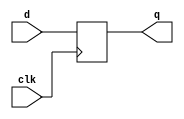
// This program was cloned from: https://github.com/chipsalliance/yosys-f4pga-plugins
// License: Apache License 2.0

// Copyright 2020-2022 F4PGA Authors
//
// Licensed under the Apache License, Version 2.0 (the "License");
// you may not use this file except in compliance with the License.
// You may obtain a copy of the License at
//
//     http://www.apache.org/licenses/LICENSE-2.0
//
// Unless required by applicable law or agreed to in writing, software
// distributed under the License is distributed on an "AS IS" BASIS,
// WITHOUT WARRANTIES OR CONDITIONS OF ANY KIND, either express or implied.
// See the License for the specific language governing permissions and
// limitations under the License.
//
// SPDX-License-Identifier: Apache-2.0

module my_dff (
    input d,
    clk,
    output reg q
);
  always @(posedge clk) q <= d;
endmodule

module my_dffe (
    input d,
    clk,
    en,
    output reg q
);
  initial begin
    q = 0;
  end
  always @(posedge clk) if (en) q <= d;
endmodule

module my_dffr_p (
    input d,
    clk,
    clr,
    output reg q
);
  always @(posedge clk or posedge clr)
    if (clr) q <= 1'b0;
    else q <= d;
endmodule

module my_dffr_p_2 (
    input d1,
    input d2,
    clk,
    clr,
    output reg q1,
    output reg q2
);
  always @(posedge clk or posedge clr)
    if (clr) begin
      q1 <= 1'b0;
      q2 <= 1'b0;
    end else begin
      q1 <= d1;
      q2 <= d2;
    end
endmodule

module my_dffr_n (
    input d,
    clk,
    clr,
    output reg q
);
  always @(posedge clk or negedge clr)
    if (!clr) q <= 1'b0;
    else q <= d;
endmodule

module my_dffre_p (
    input d,
    clk,
    clr,
    en,
    output reg q
);
  always @(posedge clk or posedge clr)
    if (clr) q <= 1'b0;
    else if (en) q <= d;
endmodule

module my_dffre_n (
    input d,
    clk,
    clr,
    en,
    output reg q
);
  always @(posedge clk or negedge clr)
    if (!clr) q <= 1'b0;
    else if (en) q <= d;
endmodule

module my_dffs_p (
    input d,
    clk,
    pre,
    output reg q
);
  always @(posedge clk or posedge pre)
    if (pre) q <= 1'b1;
    else q <= d;
endmodule

module my_dffs_n (
    input d,
    clk,
    pre,
    output reg q
);
  always @(posedge clk or negedge pre)
    if (!pre) q <= 1'b1;
    else q <= d;
endmodule

module my_dffse_p (
    input d,
    clk,
    pre,
    en,
    output reg q
);
  always @(posedge clk or posedge pre)
    if (pre) q <= 1'b1;
    else if (en) q <= d;
endmodule

module my_dffse_n (
    input d,
    clk,
    pre,
    en,
    output reg q
);
  always @(posedge clk or negedge pre)
    if (!pre) q <= 1'b1;
    else if (en) q <= d;
endmodule

module my_dffn (
    input d,
    clk,
    output reg q
);
  initial q <= 1'b0;
  always @(negedge clk) q <= d;
endmodule

module my_dffnr_p (
    input d,
    clk,
    clr,
    output reg q
);
  initial q <= 1'b0;
  always @(negedge clk or posedge clr)
    if (clr) q <= 1'b0;
    else q <= d;
endmodule

module my_dffnr_n (
    input d,
    clk,
    clr,
    output reg q
);
  initial q <= 1'b0;
  always @(negedge clk or negedge clr)
    if (!clr) q <= 1'b0;
    else q <= d;
endmodule


module my_dffns_p (
    input d,
    clk,
    pre,
    output reg q
);
  initial q <= 1'b0;
  always @(negedge clk or posedge pre)
    if (pre) q <= 1'b1;
    else q <= d;
endmodule

module my_dffns_n (
    input d,
    clk,
    pre,
    output reg q
);
  initial q <= 1'b0;
  always @(negedge clk or negedge pre)
    if (!pre) q <= 1'b1;
    else q <= d;
endmodule

module my_dffsr_ppp (
    input d,
    clk,
    pre,
    clr,
    output reg q
);
  initial q <= 1'b0;
  always @(posedge clk or posedge pre or posedge clr)
    if (pre) q <= 1'b1;
    else if (clr) q <= 1'b0;
    else q <= d;
endmodule

module my_dffsr_pnp (
    input d,
    clk,
    pre,
    clr,
    output reg q
);
  initial q <= 1'b0;
  always @(posedge clk or negedge pre or posedge clr)
    if (!pre) q <= 1'b1;
    else if (clr) q <= 1'b0;
    else q <= d;
endmodule

module my_dffsr_ppn (
    input d,
    clk,
    pre,
    clr,
    output reg q
);
  initial q <= 1'b0;
  always @(posedge clk or posedge pre or negedge clr)
    if (pre) q <= 1'b1;
    else if (!clr) q <= 1'b0;
    else q <= d;
endmodule

module my_dffsr_pnn (
    input d,
    clk,
    pre,
    clr,
    output reg q
);
  initial q <= 1'b0;
  always @(posedge clk or negedge pre or negedge clr)
    if (!pre) q <= 1'b1;
    else if (!clr) q <= 1'b0;
    else q <= d;
endmodule

module my_dffsr_npp (
    input d,
    clk,
    pre,
    clr,
    output reg q
);
  initial q <= 1'b0;
  always @(negedge clk or posedge pre or posedge clr)
    if (pre) q <= 1'b1;
    else if (clr) q <= 1'b0;
    else q <= d;
endmodule

module my_dffsr_nnp (
    input d,
    clk,
    pre,
    clr,
    output reg q
);
  initial q <= 1'b0;
  always @(negedge clk or negedge pre or posedge clr)
    if (!pre) q <= 1'b1;
    else if (clr) q <= 1'b0;
    else q <= d;
endmodule

module my_dffsr_npn (
    input d,
    clk,
    pre,
    clr,
    output reg q
);
  initial q <= 1'b0;
  always @(negedge clk or posedge pre or negedge clr)
    if (pre) q <= 1'b1;
    else if (!clr) q <= 1'b0;
    else q <= d;
endmodule

module my_dffsr_nnn (
    input d,
    clk,
    pre,
    clr,
    output reg q
);
  initial q <= 1'b0;
  always @(negedge clk or negedge pre or negedge clr)
    if (!pre) q <= 1'b1;
    else if (!clr) q <= 1'b0;
    else q <= d;
endmodule

module my_dffsre_ppp (
    input d,
    clk,
    pre,
    clr,
    en,
    output reg q
);
  initial q <= 1'b0;
  always @(posedge clk or posedge pre or posedge clr)
    if (pre) q <= 1'b1;
    else if (clr) q <= 1'b0;
    else if (en) q <= d;
endmodule

module my_dffsre_pnp (
    input d,
    clk,
    pre,
    clr,
    en,
    output reg q
);
  initial q <= 1'b0;
  always @(posedge clk or negedge pre or posedge clr)
    if (!pre) q <= 1'b1;
    else if (clr) q <= 1'b0;
    else if (en) q <= d;
endmodule

module my_dffsre_ppn (
    input d,
    clk,
    pre,
    clr,
    en,
    output reg q
);
  initial q <= 1'b0;
  always @(posedge clk or posedge pre or negedge clr)
    if (pre) q <= 1'b1;
    else if (!clr) q <= 1'b0;
    else if (en) q <= d;
endmodule

module my_dffsre_pnn (
    input d,
    clk,
    pre,
    clr,
    en,
    output reg q
);
  initial q <= 1'b0;
  always @(posedge clk or negedge pre or negedge clr)
    if (!pre) q <= 1'b1;
    else if (!clr) q <= 1'b0;
    else if (en) q <= d;
endmodule

module my_dffsre_npp (
    input d,
    clk,
    pre,
    clr,
    en,
    output reg q
);
  initial q <= 1'b0;
  always @(negedge clk or posedge pre or posedge clr)
    if (pre) q <= 1'b1;
    else if (clr) q <= 1'b0;
    else if (en) q <= d;
endmodule

module my_dffsre_nnp (
    input d,
    clk,
    pre,
    clr,
    en,
    output reg q
);
  initial q <= 1'b0;
  always @(negedge clk or negedge pre or posedge clr)
    if (!pre) q <= 1'b1;
    else if (clr) q <= 1'b0;
    else if (en) q <= d;
endmodule

module my_dffsre_npn (
    input d,
    clk,
    pre,
    clr,
    en,
    output reg q
);
  initial q <= 1'b0;
  always @(negedge clk or posedge pre or negedge clr)
    if (pre) q <= 1'b1;
    else if (!clr) q <= 1'b0;
    else if (en) q <= d;
endmodule

module my_dffsre_nnn (
    input d,
    clk,
    pre,
    clr,
    en,
    output reg q
);
  initial q <= 1'b0;
  always @(negedge clk or negedge pre or negedge clr)
    if (!pre) q <= 1'b1;
    else if (!clr) q <= 1'b0;
    else if (en) q <= d;
endmodule

module my_sdffr_n (
    input d,
    clk,
    clr,
    output reg q
);
  initial q <= 0;
  always @(posedge clk)
    if (!clr) q <= 1'b0;
    else q <= d;
endmodule

module my_sdffs_n (
    input d,
    clk,
    pre,
    output reg q
);
  initial q <= 0;
  always @(posedge clk)
    if (!pre) q <= 1'b1;
    else q <= d;
endmodule

module my_sdffnr_n (
    input d,
    clk,
    clr,
    output reg q
);
  initial q <= 0;
  always @(negedge clk)
    if (!clr) q <= 1'b0;
    else q <= d;
endmodule

module my_sdffns_n(
    input d,
    clk,
    pre,
    output reg q
);
  initial q <= 0;
  always @(negedge clk)
    if (!pre) q <= 1'b1;
    else q <= d;
endmodule

module my_sdffr_p (
    input d,
    clk,
    clr,
    output reg q
);
  initial q <= 0;
  always @(posedge clk)
    if (clr) q <= 1'b0;
    else q <= d;
endmodule

module my_sdffs_p (
    input d,
    clk,
    pre,
    output reg q
);
  initial q <= 0;
  always @(posedge clk)
    if (pre) q <= 1'b1;
    else q <= d;
endmodule

module my_sdffnr_p (
    input d,
    clk,
    clr,
    output reg q
);
  initial q <= 0;
  always @(negedge clk)
    if (clr) q <= 1'b0;
    else q <= d;
endmodule

module my_sdffns_p (
    input d,
    clk,
    pre,
    output reg q
);
  initial q <= 0;
  always @(negedge clk)
    if (pre) q <= 1'b1;
    else q <= d;
endmodule


module my_latch (
    input  wire d, g,
    output reg  q
);
    always @(*)
        if (g) q <= d;
endmodule

module my_latchn (
    input  wire d, g,
    output reg  q
);
    always @(*)
        if (!g) q <= d;
endmodule


module my_latchs_p (
    input  wire d, g, s,
    output reg  q
);
    always @(*)
        if (s)
            q <= 1'b1;
        else if (g)
            q <= d;
endmodule

module my_latchs_n (
    input  wire d, g, s,
    output reg  q
);
    always @(*)
        if (!s)
            q <= 1'b1;
        else if (g)
            q <= d;
endmodule

module my_latchr_p (
    input  wire d, g, r,
    output reg  q
);
    always @(*)
        if (r)
            q <= 1'b0;
        else if (g)
            q <= d;
endmodule

module my_latchr_n (
    input  wire d, g, r,
    output reg  q
);
    always @(*)
        if (!r)
            q <= 1'b0;
        else if (g)
            q <= d;
endmodule


module my_latchns_p (
    input  wire d, g, s,
    output reg  q
);
    always @(*)
        if (s)
            q <= 1'b1;
        else if (!g)
            q <= d;
endmodule

module my_latchns_n (
    input  wire d, g, s,
    output reg  q
);
    always @(*)
        if (!s)
            q <= 1'b1;
        else if (!g)
            q <= d;
endmodule

module my_latchnr_p (
    input  wire d, g, r,
    output reg  q
);
    always @(*)
        if (r)
            q <= 1'b0;
        else if (!g)
            q <= d;
endmodule

module my_latchnr_n (
    input  wire d, g, r,
    output reg  q
);
    always @(*)
        if (!r)
            q <= 1'b0;
        else if (!g)
            q <= d;
endmodule